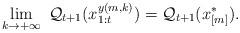
LaTeX: \begin{align*}\lim_{k \rightarrow +\infty} \; \mathcal{Q}_{t+1}(x_{1:t}^{y(m,k)})=\mathcal{Q}_{t+1}(x_{[m]}^{*}).\end{align*}